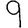
Digit: 9